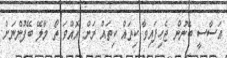
އަސާސީ ބޭނުން ޖެހިފައިވާ ކިތައް ކިތައް ރަށް އޮއްވަ ތޯ މާލޭ ބޭފުންނަށް